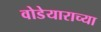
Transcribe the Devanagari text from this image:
वोडेयाराच्या